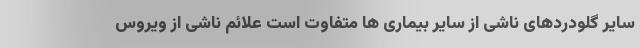
سایر گلودردهای ناشی از سایر بیماری ها متفاوت است علائم ناشی از ویروس